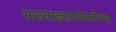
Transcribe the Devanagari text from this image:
राजवाड्याभोवतीच्या